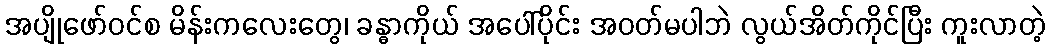
အပျိုဖော်ဝင်စ မိန်းကလေးတွေ၊ ခန္ဓာကိုယ် အပေါ်ပိုင်း အဝတ်မပါဘဲ လွယ်အိတ်ကိုင်ပြီး ကူးလာတဲ့